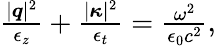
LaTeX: \begin{array}{r}{\frac{|{\boldsymbol q}|^{2}}{\epsilon_{z}}+\frac{|{\boldsymbol\kappa}|^{2}}{\epsilon_{t}}=\frac{\omega^{2}}{\epsilon_{0}c^{2}},}\end{array}